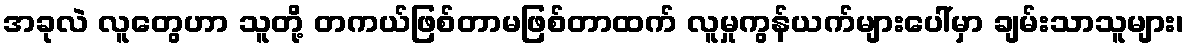
အခုလဲ လူတွေဟာ သူတို့ တကယ်ဖြစ်တာမဖြစ်တာထက် လူမှုကွန်ယက်များပေါ်မှာ ချမ်းသာသူများ၊